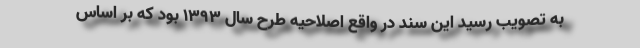
به تصویب رسید این سند در واقع اصلاحیه طرح سال ۱۳۹۳ بود که بر اساس